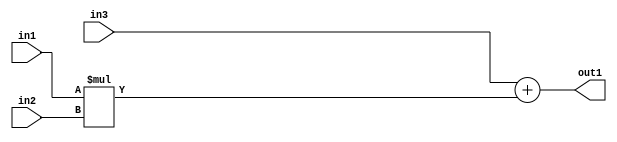
`timescale 1ps / 1ps
/*****************************************************************************
    Verilog RTL Description
    
    
    Created by: Stratus DpOpt 2019.1.01 
*******************************************************************************/

module SobelFilter_Add2Mul2s8u8s8_4 (
	in3,
	in2,
	in1,
	out1
	); /* architecture "behavioural" */ 
input [7:0] in3,
	in2,
	in1;
output [7:0] out1;
wire [7:0] asc001;

wire [7:0] asc001_tmp_0;
assign asc001_tmp_0 = 
	+(in3);
assign asc001 = asc001_tmp_0
	+(in1 * in2);

assign out1 = asc001;
endmodule

/* CADENCE  ubjwSgs= : u9/ySgnWtBlWxVPRXgAZ4Og= ** DO NOT EDIT THIS LINE ******/